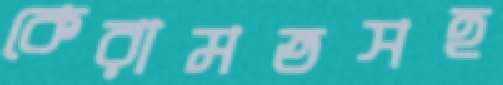
কেরামতসহ